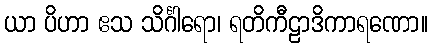
ယာ ပိဟာ ဧသ သိင်္ဂါရော၊ ရတိကီဠာဒိကာရဏော။